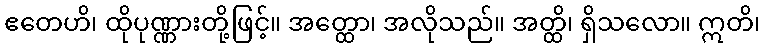
ဧတေဟိ၊ ထိုပုဏ္ဏားတို့ဖြင့်။ အတ္ထော၊ အလိုသည်။ အတ္ထိ၊ ရှိသလော။ ဣတိ၊